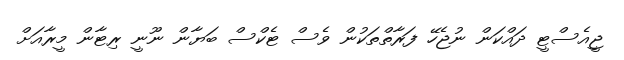
ޖީއެސްޓީ ދައްކަން ނުޖެހޭ ފަރާތްތަކުން ވެސް ޓެކްސް ބަޔާން ނޫނީ ރިޓާން މީރާއަށް